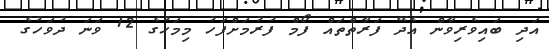
އަދި ބައިވެރިވާން އެދޭ ފަރާތްތައް ފޯމް ފުރުމަށްފަހު މިމަހުގެ 12 ވަނަ ދުވަހުގެ